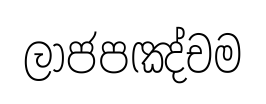
ලාජපඤ්චම